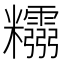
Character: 𥽮